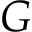
G